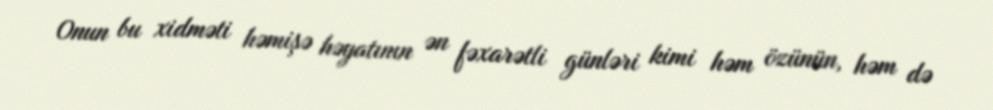
Onun bu xidməti həmişə həyatının ən fəxarətli günləri kimi həm özünün, həm də